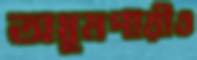
অধূমপায়ীও